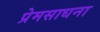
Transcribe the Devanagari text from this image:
प्रेमसाधना